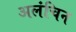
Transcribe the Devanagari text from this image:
अलंचिन